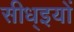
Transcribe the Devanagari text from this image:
सीध्इयों